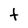
Character: t